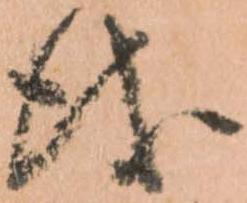
儀